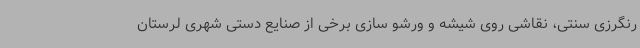
رنگرزی سنتی، نقاشی روی شیشه و ورشو سازی برخی از صنایع دستی شهری لرستان